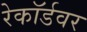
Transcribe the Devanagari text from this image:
रेकॉर्डवर